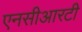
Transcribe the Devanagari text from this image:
एनसीआरटी